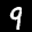
Label: 9